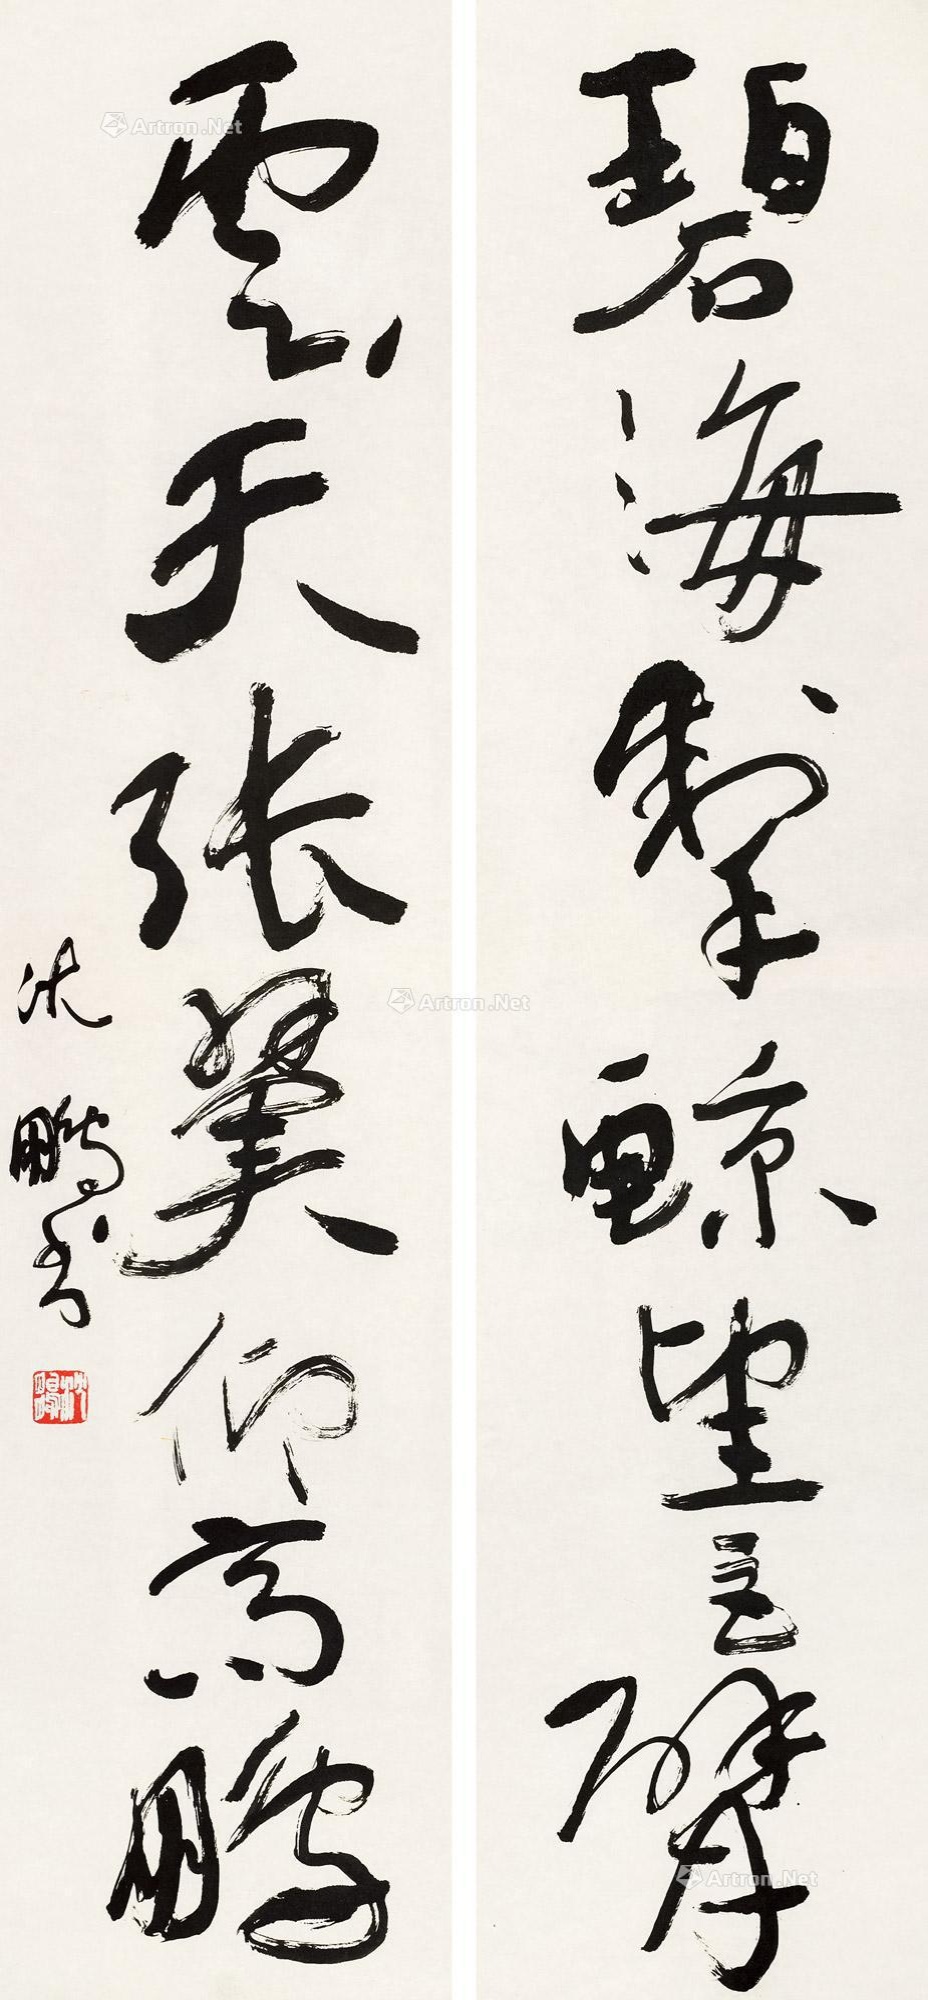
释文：碧海擎鲸望巨擘，云天张翼仰高鹏。沈鹏书。